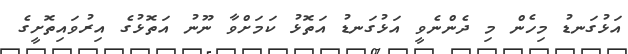
އަޅުގަނޑު މިހެން މި ދެންނެވީ އަޅުގަނޑު އަތޮޅު ކަމަށްވާ ނޫނު އަތޮޅުގެ އިރުވައިތޮށީގެ